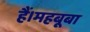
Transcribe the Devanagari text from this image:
हैं।महबूबा